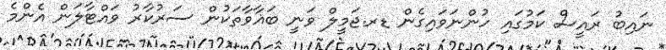
ނައިބު ރައީސް ކަމުގައި ހުންނަވައިގެން ޑރ.ޖަމީލް ވަނީ ބަޣާވާތަކުން ސަރުކާރު ވައްޓާލަން އެންމެ